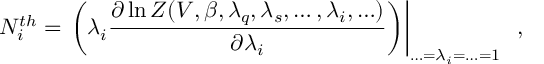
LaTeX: N _ { i } ^ { t h } = \left. \left( \lambda _ { i } \frac { \partial \ln Z ( V , \beta , \lambda _ { q } , \lambda _ { s } , \ldots , \lambda _ { i } , \ldots ) } { \partial \lambda _ { i } } \right) \right| _ { \ldots = \lambda _ { i } = \ldots = 1 } \; \; ,